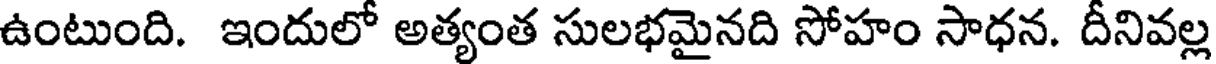
ఉంటుంది. ఇందులో అత్యంత సులభమైనది సోహం సాధన. దీనివల్ల